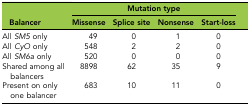
<table><thead><tr><td></td><td colspan="4"><b>Mutation type</b></td></tr><tr><td><b>Balancer</b></td><td><b>Missense</b></td><td><b>Splice site</b></td><td><b>Nonsense</b></td><td><b>Start-loss</b></td></tr></thead><tbody><tr><td>All <i>SM5</i> only</td><td>49</td><td>0</td><td>1</td><td>0</td></tr><tr><td>All <i>CyO</i> only</td><td>548</td><td>2</td><td>2</td><td>0</td></tr><tr><td>All <i>SM6a</i> only</td><td>520</td><td>0</td><td>0</td><td>0</td></tr><tr><td>Shared among all balancers</td><td>8898</td><td>62</td><td>35</td><td>9</td></tr><tr><td>Present on only one balancer</td><td>683</td><td>10</td><td>11</td><td>0</td></tr></tbody></table>